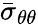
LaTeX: \bar{\sigma}_{\theta\theta}